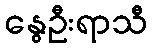
နွေဦးရာသီ